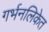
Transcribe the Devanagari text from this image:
गर्भनलिकेत